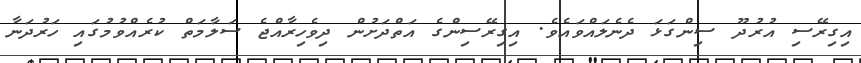
އިގިރޭސި އުރުދޫ ސިންގަޅަ ދެނެލައްވައެވެ. އިގިރޭސިންގެ އަތްދަށުން ދިވެހިރާއްޖެ ސަލާމަތް ކުރެއްވުމުގައި ހަރުދަނާ